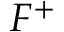
F ^ { + }